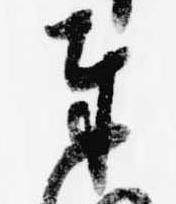
奉